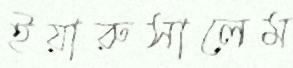
ইয়ারুসালেম